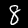
Digit: 8